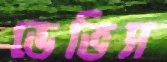
ডেভিস